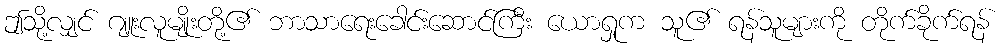
ဤသို့လျှင် ဂျူးလူမျိုးတို့၏ ဘာသာရေးခေါင်းဆောင်ကြီး ယောရှုက သူ၏ ရန်သူများကို တိုက်ခိုက်ရန်